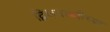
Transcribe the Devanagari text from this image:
द्विशताब्दीच्या